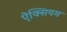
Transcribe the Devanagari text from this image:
ऐक्सियम